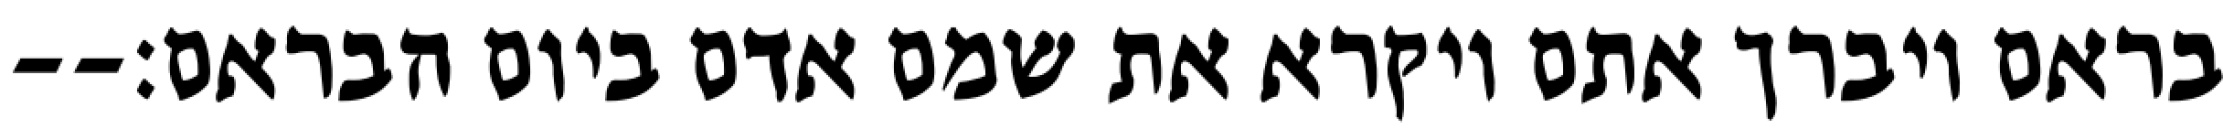
בראם ויברך אתם ויקרא את שמם אדם ביום הבראם׃--